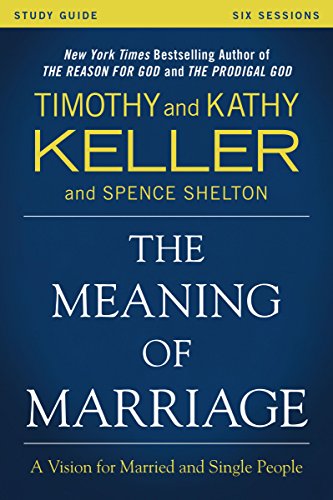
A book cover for The Meaning of Marriage Study Guide: A Vision for Married and Single People; Timothy Keller; Christian Books & Bibles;